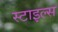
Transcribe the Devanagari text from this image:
स्‍टाइल्‍स